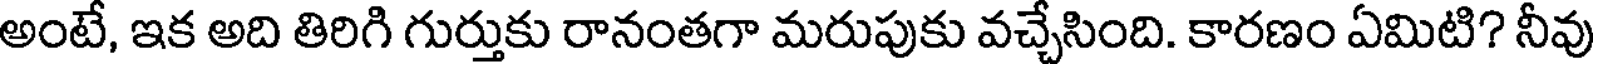
అంటే, ఇక అది తిరిగి గుర్తుకు రానంతగా మరుపుకు వచ్చేసింది. కారణం ఏమిటి? నీవు